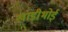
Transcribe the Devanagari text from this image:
खाडीभोई